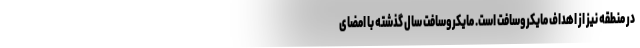
در منطقه نیز از اهداف مایکروسافت است. مایکروسافت سال گذشته با امضای